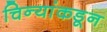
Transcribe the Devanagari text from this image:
चिन्यांकडून